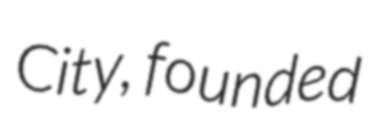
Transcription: City, founded